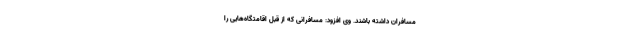
مسافران داشته باشند. وی افزود: مسافرانی که از قبل اقامتگاه‌هایی را